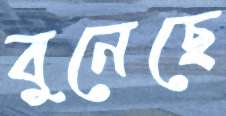
বুনেছে